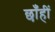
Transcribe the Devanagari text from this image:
छाँहीं